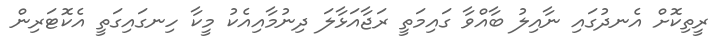
ރީތިކޮށް އެނދުގައި ނާއިލު ބާއްވާ ގައިމަތީ ރަޖާއަޅާލަ ދިނުމާއިއެކު މީކާ ހިނގައިގަތީ އެކޮޓަރިން